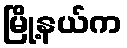
မြို့နယ်က